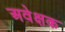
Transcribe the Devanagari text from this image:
अवेक्षक